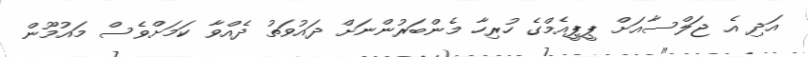
އަދި އެ ޖަލްސާއަށް ޕީޕީއެމްގެ ހުރިހާ މެންބަރުންނަށް ދައުވަތު ދެއްވާ ކަމަށްވެސް މައުމޫން